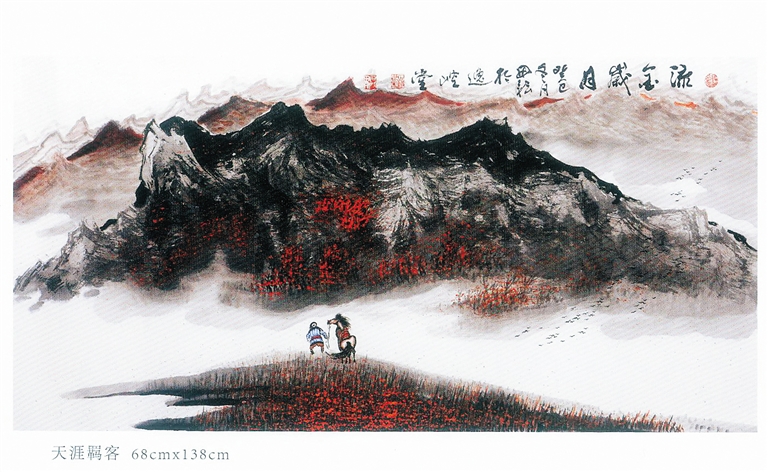
若待明朝风雨过，人在天涯！春在天涯。